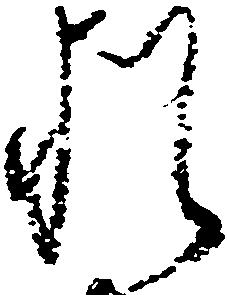
猶